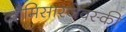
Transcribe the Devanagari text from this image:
कौमिसारजेवस्की